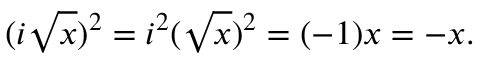
( i { \sqrt { x } } ) ^ { 2 } = i ^ { 2 } ( { \sqrt { x } } ) ^ { 2 } = ( - 1 ) x = - x .